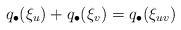
LaTeX: \begin{align*}q_\bullet (\xi_u) + q_\bullet (\xi_v) = q_\bullet (\xi_{uv})\end{align*}